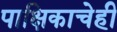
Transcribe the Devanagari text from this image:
पाक्षिकाचेही